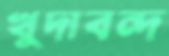
খুদাবন্দ